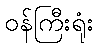
ဝန်ကြီးရုံး